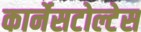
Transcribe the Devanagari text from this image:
कार्नेसटोल्टेस